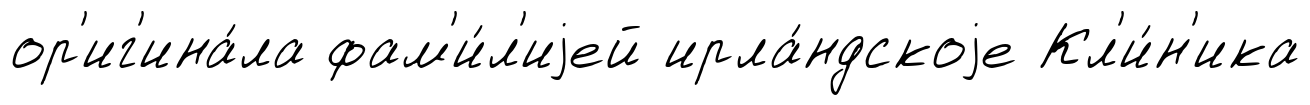
ор'иг'ина́ла фам'и́л'иjей ирла́ндскоjе Кл'и́н'ика